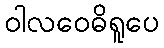
ဝါလဝေဓိရူပေ